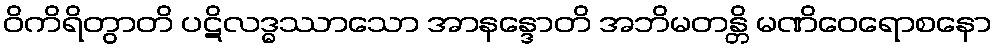
ဝိကိရိတွာတိ ပဋိလဒ္ဓဿာသော အာနန္ဒောတိ အဘိမတန္တိ မဏိဝေရောစနော